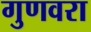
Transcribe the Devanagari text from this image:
गुणवरा